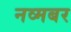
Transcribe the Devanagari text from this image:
नव्मबर